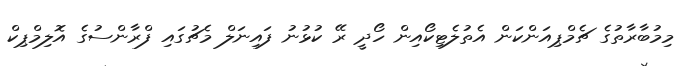
މިމުބާރާތުގެ ޗެމްޕިއަންކަން އެތުލެޓިކޯއިން ހޯދީ ރޭ ކުޅުނު ފައިނަލް މެޗުގައި ފްރާންސުގެ އޮލިމްޕިކް